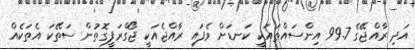
އަދި ރާއްޖޭގެ 99.7 އިންސައްތައަކީ ކަނޑަށް ވެފައި ރާއްޖެއަކީ ޖޯގްރަފީގޮތުން ސަތޭކަ އެތަކެއް